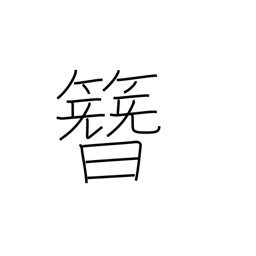
Meaning: ornamental hairpin